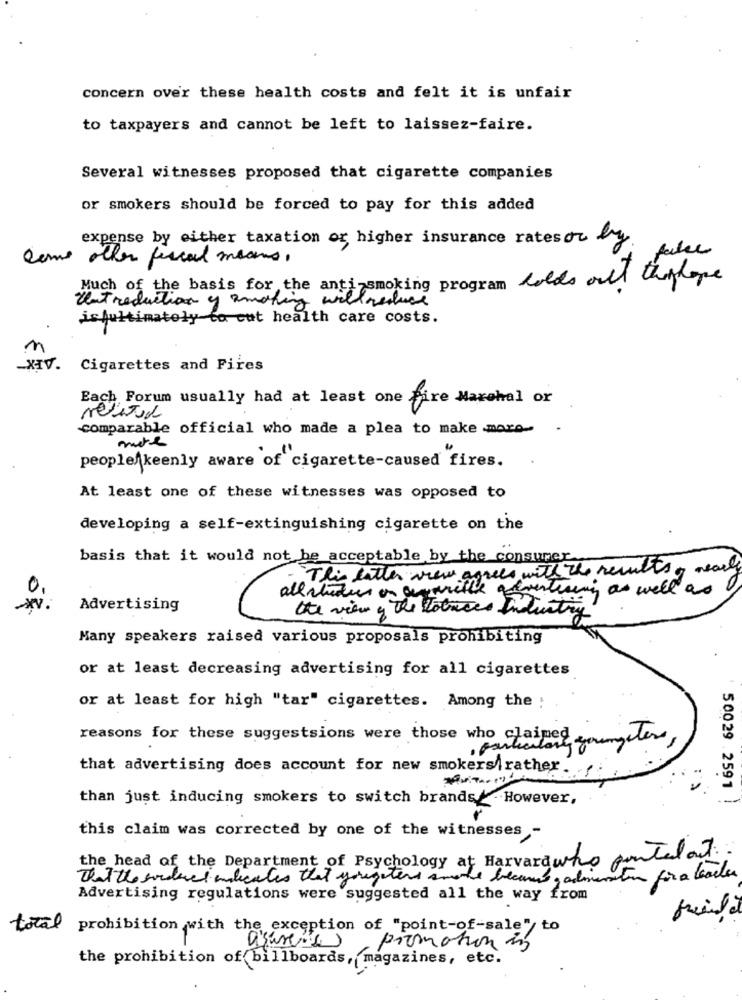
concern over these health costs and felt it is unfair
to taxpayers and cannot be left to laissez-faire.
Several witnesses proposed that cigarette companies
or smokers should be forced to pay for this added
expense by either taxation or higher insurance rates or by
false
come other fiscal means.
Much of the basis for the antinsmoking program holds out thehope
Introduction of smoking will reduce
isfultimately to cut health care costs.
Cigarettes and Fires
Each Forum usually had at least one fire Marshal or
comparable official who made a plea to make .moro-
more
people keenly aware of cigarette-caused fires.
At least one of these witnesses was opposed to
developing a self-extinguishing cigarette on the
basis that it would not be acceptable by the consumer.
This latter wiew agrees with the resultsof nearly
allatudier on anmille advertising as well as
Advertising
the view of the tobaces Industry
Many speakers raised various proposals prohibiting
or at least decreasing advertising for all cigarettes
or at least for high "tar" cigarettes. Among the .
reasons for these suggestsions were those who claimed
, particulary youpeter ,
that advertising does account for new smokers rather.
50029 .2591
than just inducing smokers to switch brands .However,
this claim was corrected by one of the witnesses -
the head of the Department of Psychology at Harvardwho ponteland.
That the senderet indicates that yougeters smoke because , admiration for a leader
Advertising regulations were suggested all the way from
total prohibition with the exception of "point-of-sale" to
promotion in
the prohibition of billboards, magazines, etc.